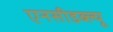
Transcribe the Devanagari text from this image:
एनसीडब्ल्यू